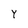
Character: Y